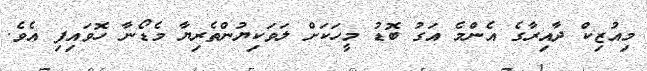
މިއުޒިކް ދާއިރާގެ އެންމެ އަގު ބޮޑު މީހަކަށް ލަވަކިޔުންތެރިޔާ މެޑޯނާ ހޮވައިފި އެވެ.